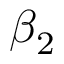
\beta _ { 2 }